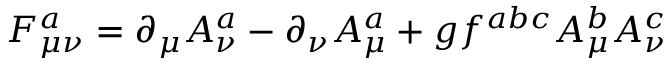
F _ { \mu \nu } ^ { a } = \partial _ { \mu } A _ { \nu } ^ { a } - \partial _ { \nu } A _ { \mu } ^ { a } + g f ^ { a b c } A _ { \mu } ^ { b } A _ { \nu } ^ { c }